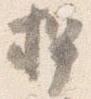
押